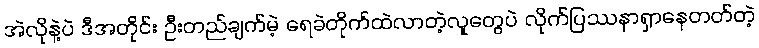
အဲလိုနဲ့ပဲ ဒီအတိုင်း ဦးတည်ချက်မဲ့ ရေခဲတိုက်ထဲလာတဲ့လူတွေပဲ လိုက်ပြဿနာရှာနေတတ်တဲ့